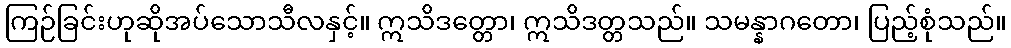
ကြဉ်ခြင်းဟုဆိုအပ်သောသီလနှင့်။ ဣသိဒတ္တော၊ ဣသိဒတ္တသည်။ သမန္နာဂတော၊ ပြည့်စုံသည်။